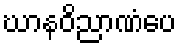
ဃာနဝိညာဏံပေ